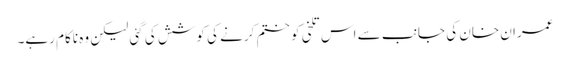
عمران خان کی جانب سے اس تلخی کو ختم کرنے کی کوشش کی گئی لیکن وہ ناکام رہے۔